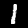
Label: 1